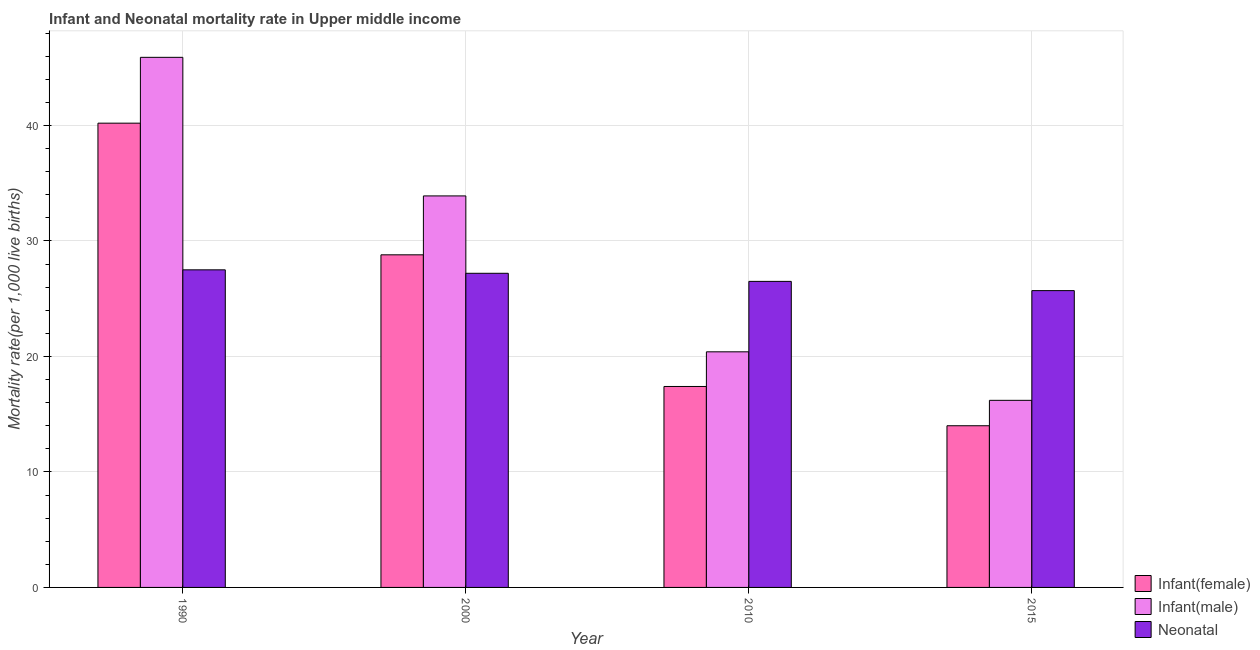
| Year | Infant(female) | Infant(male) | Neonatal  |
 | --- | --- | --- | --- |
 | 1990 | 40.2 | 45.9 | 27.5 |
 | 2000 | 28.8 | 33.9 | 27.2 |
 | 2010 | 17.4 | 20.4 | 26.5 |
 | 2015 | 14 | 16.2 | 25.7 |